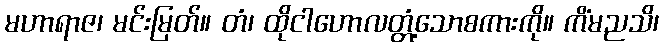
မဟာရာဇ၊ မင်းမြတ်။ တံ၊ ထိုငါဟောလတ္တံ့သောစကားကို။ ကိံမညသိ၊